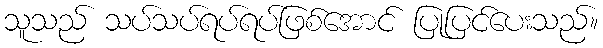
သူသည် သပ်သပ်ရပ်ရပ်ဖြစ်အောင် ပြုပြင်ပေးသည်။